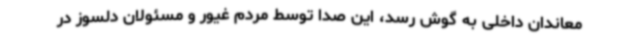
معاندان داخلی به گوش رسد، این صدا توسط مردم غیور و مسئولان دلسوز در